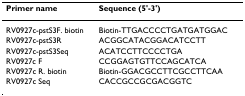
<table><thead><tr><td><b>Primer name</b></td><td><b>Sequence (5&#x27;-3&#x27;)</b></td></tr></thead><tbody><tr><td>RV0927c-pstS3F. biotin</td><td>Biotin-TTGACCCCTGATGATGGAC</td></tr><tr><td>RV0927c-pstS3R</td><td>ACGGCATACGGACATCCTT</td></tr><tr><td>RV0927c-pstS3Seq</td><td>ACATCCTTCCCCTGA</td></tr><tr><td>RV0927c F</td><td>CCGGAGTGTTCCAGCATCA</td></tr><tr><td>RV0927c R. biotin</td><td>Biotin-GGACGCCTTCGCCTTCAA</td></tr><tr><td>RV0927c Seq</td><td>CACCGCCGCGACGGTC</td></tr></tbody></table>